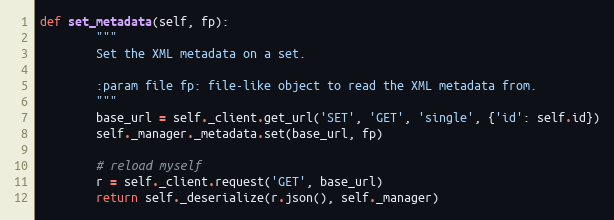
Language: Python
def set_metadata(self, fp):
        """
        Set the XML metadata on a set.

        :param file fp: file-like object to read the XML metadata from.
        """
        base_url = self._client.get_url('SET', 'GET', 'single', {'id': self.id})
        self._manager._metadata.set(base_url, fp)

        # reload myself
        r = self._client.request('GET', base_url)
        return self._deserialize(r.json(), self._manager)